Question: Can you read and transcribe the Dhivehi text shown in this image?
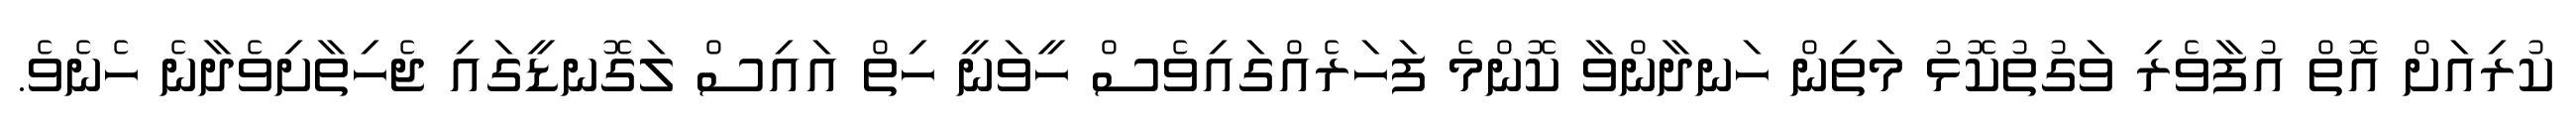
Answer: ކުރިއަށް އޮތް އުފާވެރި ވަގުތުކޮޅު މަތިން ހަނދާންވާ ކޮންމެ ފަހަރެއްގައިވެސް ހީވަނީ ހިތް އައިސް ލަގޮނޑީގައި ޖެހިތާށިވެދާނެ ހެނެވެ.